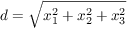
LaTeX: d = { \sqrt { x _ { 1 } ^ { 2 } + x _ { 2 } ^ { 2 } + x _ { 3 } ^ { 2 } } }